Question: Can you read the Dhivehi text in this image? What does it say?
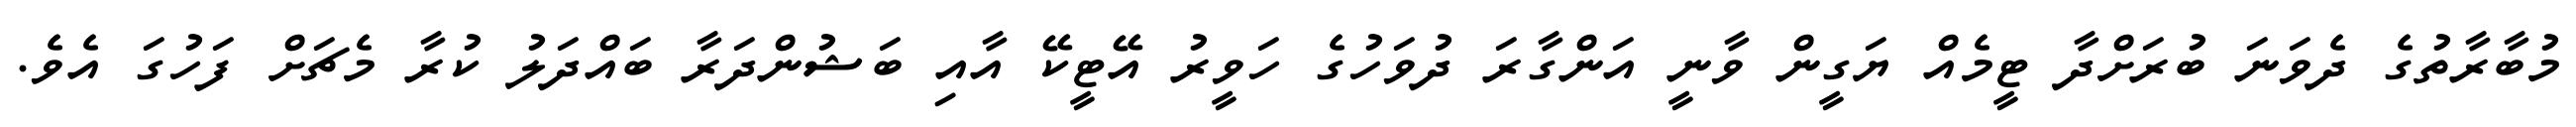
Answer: މުބާރާތުގެ ދެވަނަ ބުރަށްދާ ޓީމެއް ޔަގީން ވާނީ އަންގާރަ ދުވަހުގެ ހަވީރު އޭޓީކޭ އާއި ބަޝުންދަރާ ބައްދަލު ކުރާ މެޗަށް ފަހުގަ އެވެ.